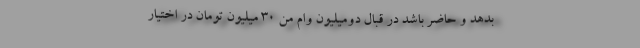
بدهد و حاضر باشد در قبال دومیلیون وام من ۳۰ میلیون تومان در اختیار